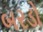
બરડો